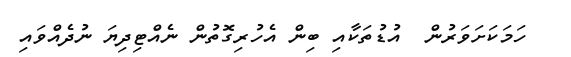
ހަމަކަށަވަރުން  އުޑުތަކާއި ބިން އެހުރިގޮތުން ނެއްޓިދިޔަ ނުދެއްވައި